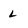
Character: L